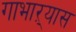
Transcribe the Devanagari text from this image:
गाभाऱ्यास